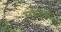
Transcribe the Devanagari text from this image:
मंदिऱ